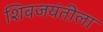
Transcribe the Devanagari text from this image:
शिवजयंतीला